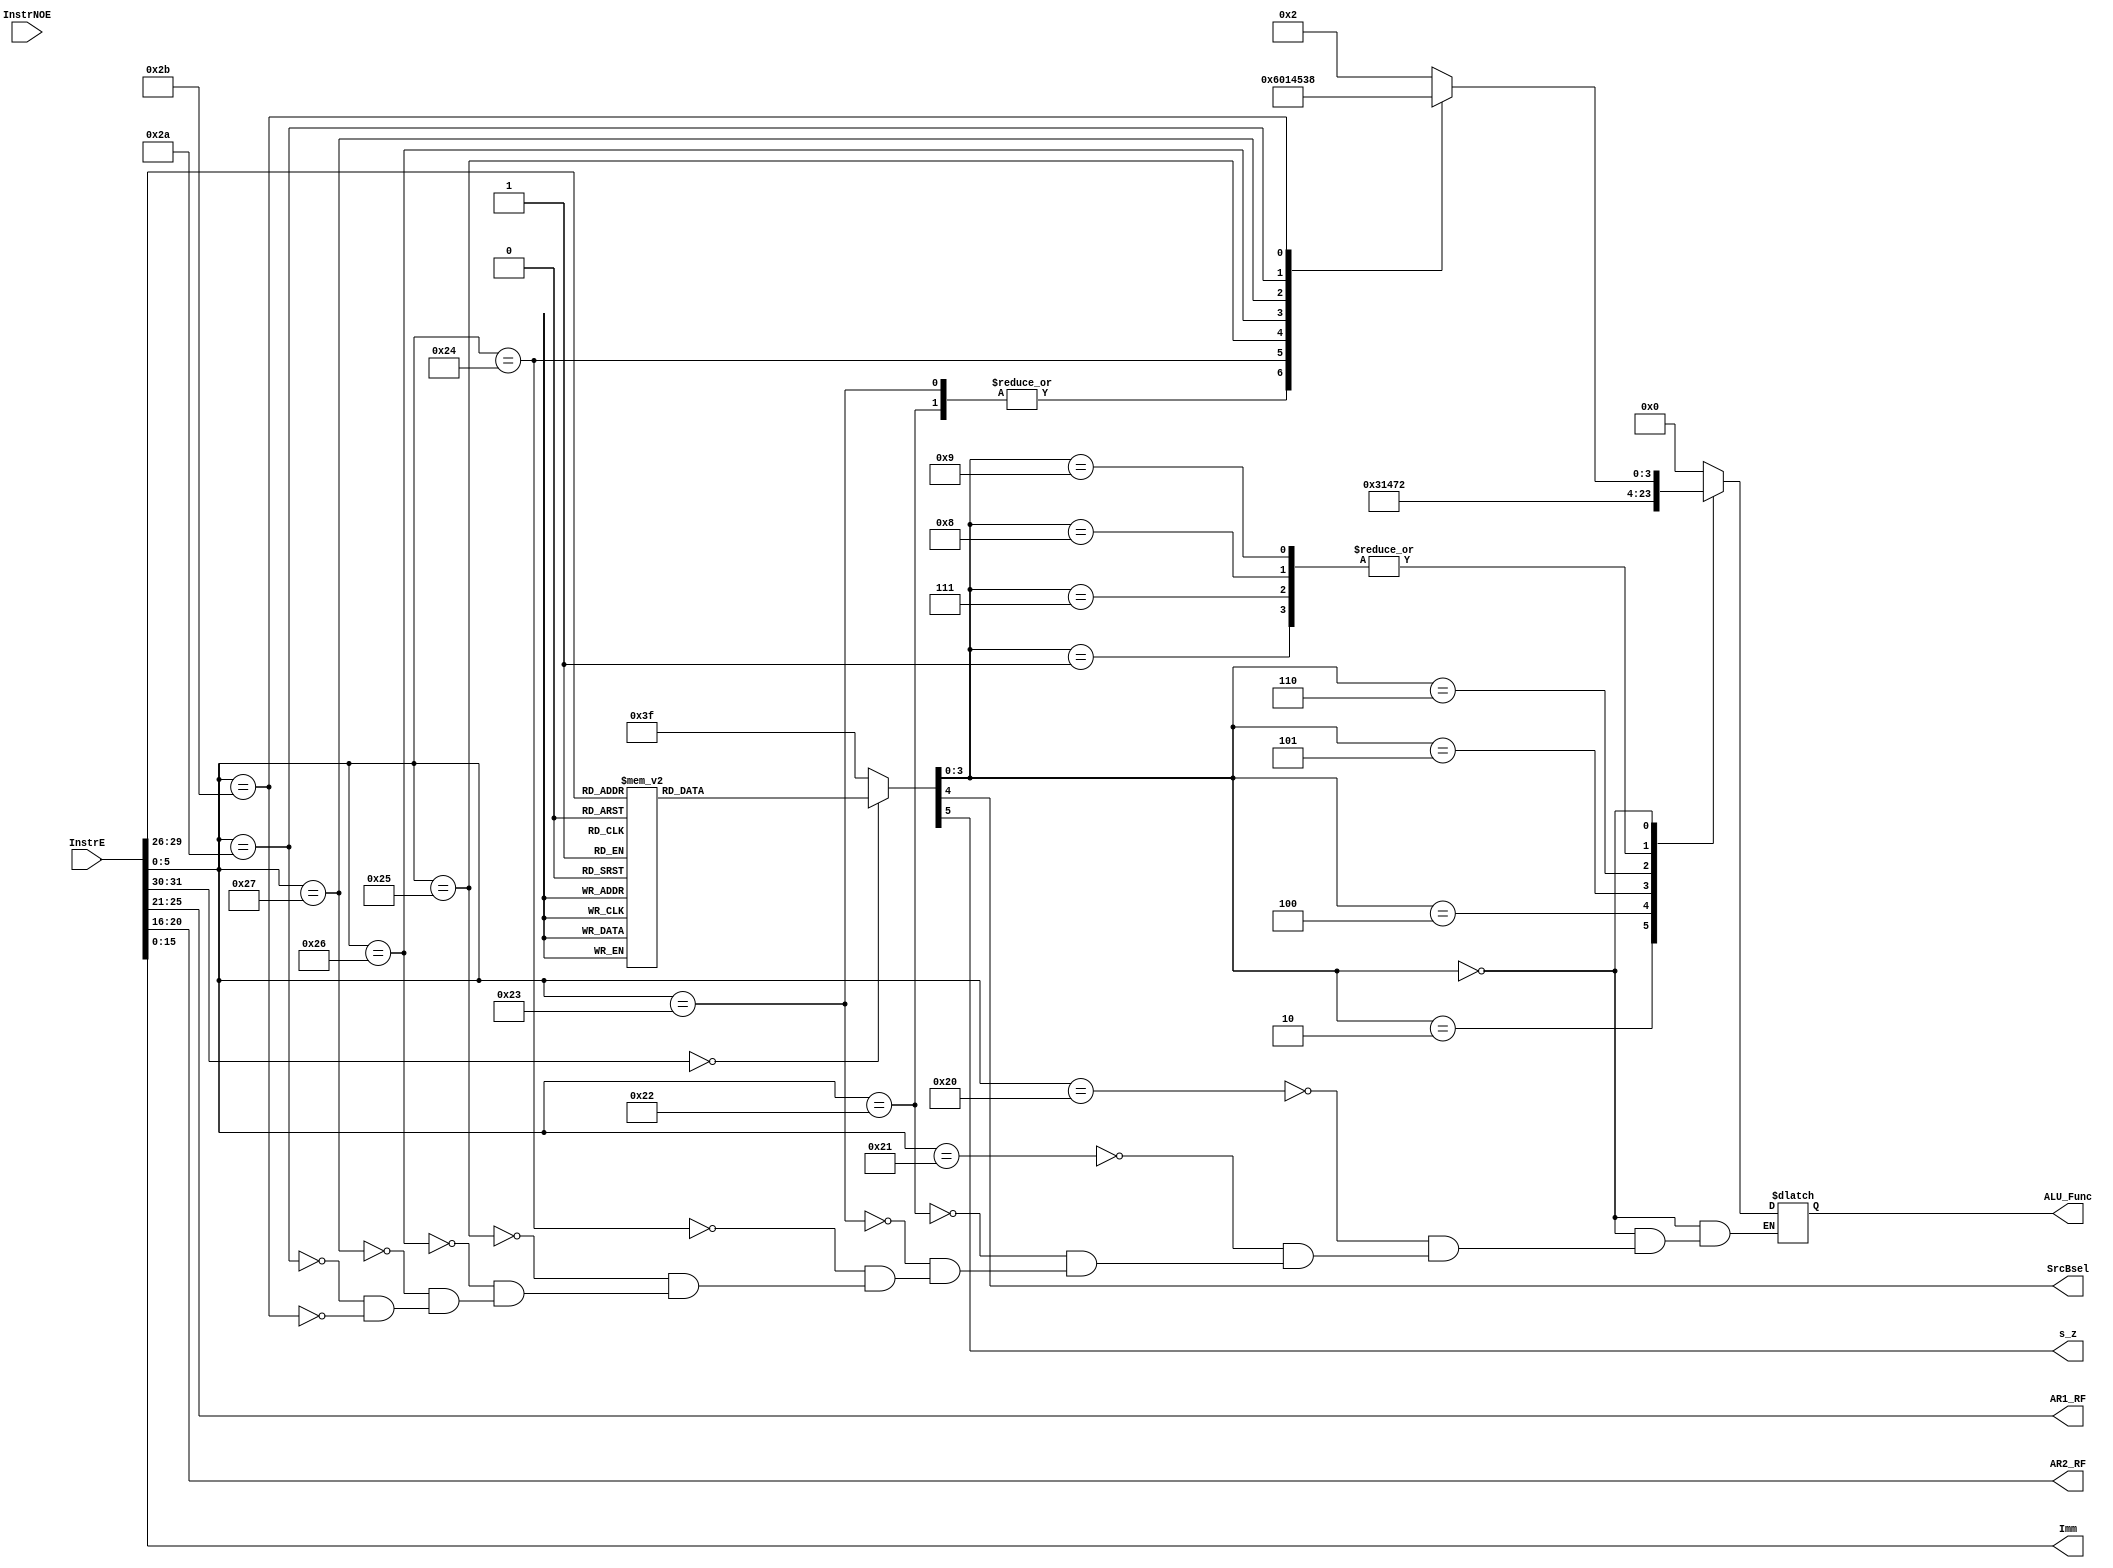
module ALUOperandProvider(
input  wire [31:0] InstrE,
input  wire [31:0] InstrNOE,

//--regfile
output reg  [4:0]  AR1_RF,
output reg  [4:0]  AR2_RF,
//--ALU
output reg  [3:0]  ALU_Func,
//output reg  [31:0] ALUSrcA,
//output reg  [31:0] ALUSrcB,
output reg  [15:0] Imm,
output reg         SrcBsel,
output reg         s_z
);
reg [5:0] OP;
reg  [5:0] Func;
reg [3:0] ALUOp;

always@(InstrE,InstrNOE)
begin
      AR1_RF = InstrE[25:21];
      AR2_RF = InstrE[20:16]; //rt
      OP = InstrE[31:26];
      Imm = { {16 {InstrE[15]} } ,InstrE[15:0] };
      Func = InstrE [5:0];
      #0.1
      case(OP)
            6'b000000: //R-type
               	{s_z,SrcBsel,ALUOp} = 6'b000000;  	
//****************************************************
           	6'b001000: //addi
           	    {s_z,SrcBsel,ALUOp} = 6'b010001; 	 
           	6'b001001: //addiu
           	    {s_z,SrcBsel,ALUOp} = 6'b010001;  //??	   	
            6'b000110: //slti
               	{s_z,SrcBsel,ALUOp} = 6'b010010;	 //??
            6'b001011: //sltiu
               	{s_z,SrcBsel,ALUOp} = 6'b011010;  //??	
            6'b001100: //andi
           	    {s_z,SrcBsel,ALUOp} = 6'b110011;  //?? 		 
           	6'b001101: //ori
              	 {s_z,SrcBsel,ALUOp} = 6'b110100; 	//?? 
           	6'b001110: //xori
              	 {s_z,SrcBsel,ALUOp} = 6'b110101;  //??	
            6'b001111: //lui	
               	{s_z,SrcBsel,ALUOp} = 6'b010110;  //??
//*******************
            default: 	
                {s_z,SrcBsel,ALUOp} = 6'b111111;
      endcase 
      
      #0.1
      
//___________________ moshakhas kardane kare ALU _____________
      
      case (ALUOp[3:0])
            4'b0001:ALU_Func = 4'b0010; //addi
            4'b0010:ALU_Func = 4'b0011; //slti
           	4'b0011:ALU_Func = 4'b0000; //andi
           	4'b0100:ALU_Func = 4'b0001; //ori
           	4'b0101:ALU_Func = 4'b0100; //xori
           	4'b0110:ALU_Func = 4'b0111; //lui
           	4'b0111:ALU_Func = 4'b0010; //beq , bneq???
           	4'b1000:ALU_Func = 4'b0010; //sw??
           	4'b1001:ALU_Func = 4'b0010; //lw??
	
            4'b0000:
            begin
               case (Func[5:0]) //add, sub, addu, subu, and, or, xor, nor, slt, sltu
                    6'b100000: ALU_Func = 4'b0010;  //add
                    6'b100001: ALU_Func = 4'b0010;  //addu
                    6'b100010: ALU_Func = 4'b0110;  //sub
                    6'b100011: ALU_Func = 4'b0110;  //subu
                    6'b100100: ALU_Func = 4'b0000;  //and
                    6'b100101: ALU_Func = 4'b0001;  //or
                    6'b100110: ALU_Func = 4'b0100;  //xor
                    6'b100111: ALU_Func = 4'b0101;  //nor
              //***************************
                    6'b101010: ALU_Func = 4'b0011;  //slt         
                    6'b101011: ALU_Func = 4'b1000;  //sltu         
                endcase  
            end
            default: ALU_Func=4'b0000;   
      endcase
      
      
      
      
          
  
end



endmodule